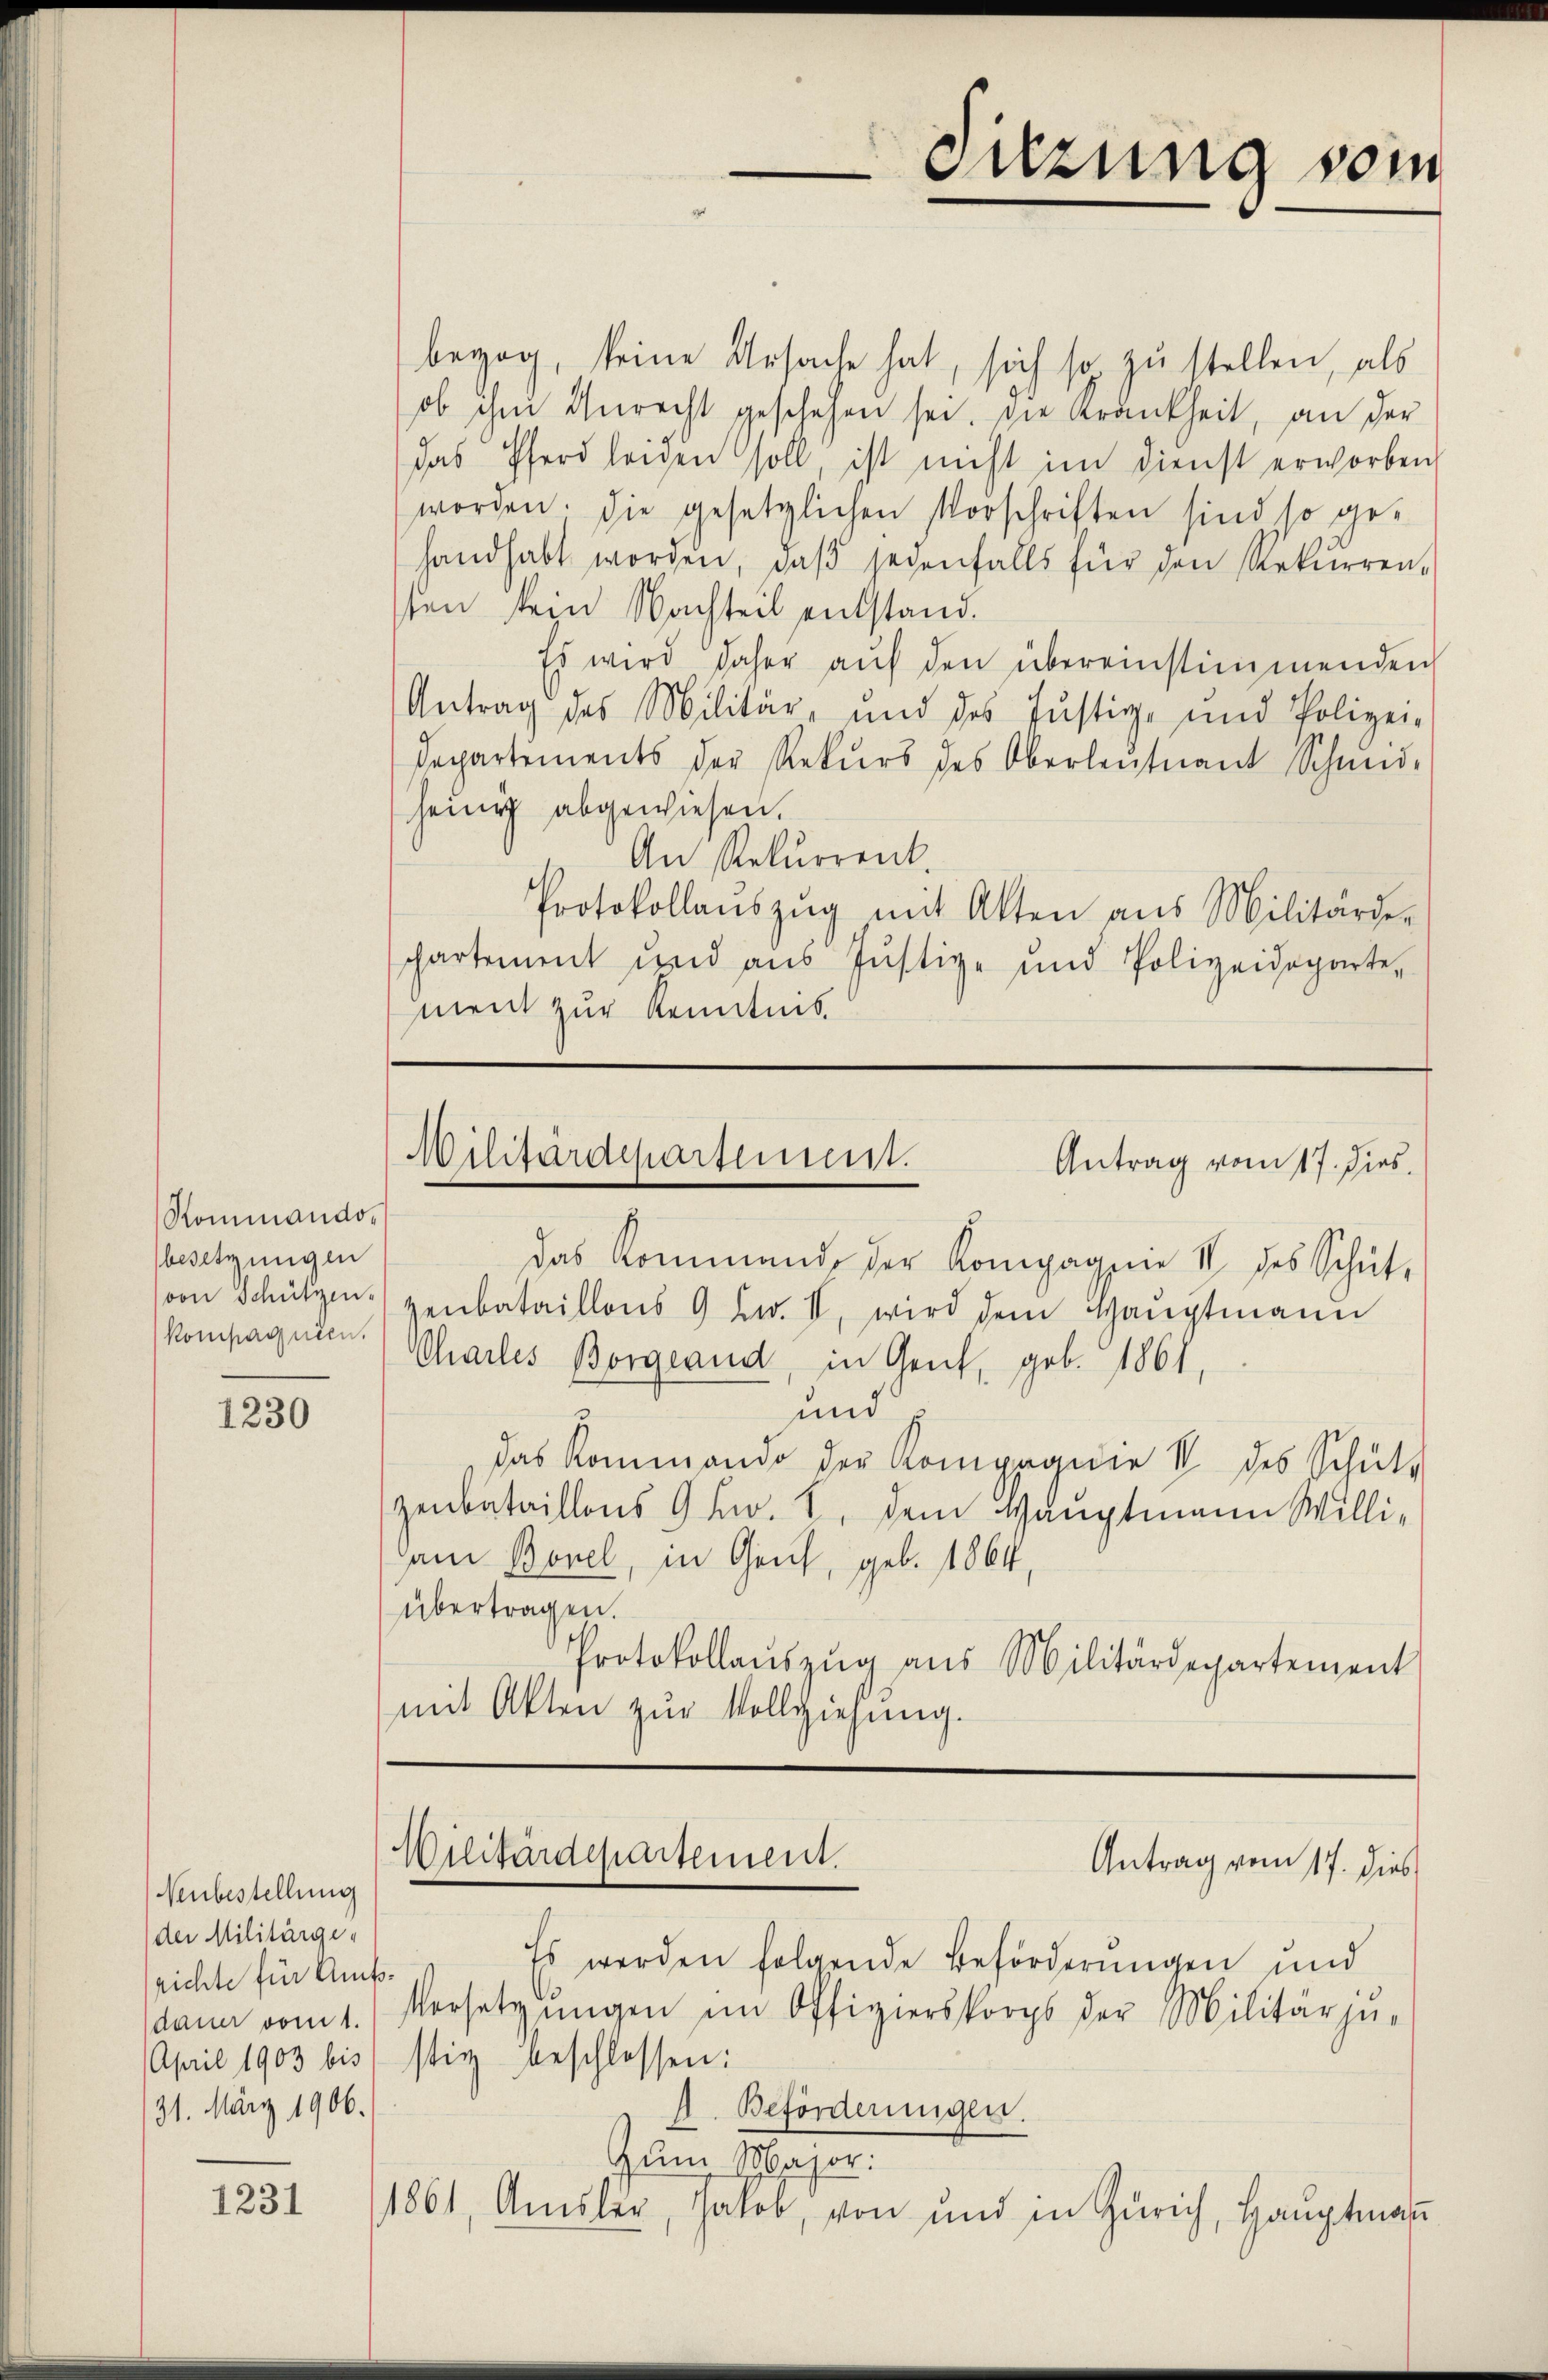
Rommandobesetzungen
kompagnien.

1230

Neubestellung
der Militärge-
richte für Amts
dann vom 1.
April 1903 bis
31. März 1906.

1231

bezog, keine Ursache hat, sich so zu stellen, als
ob ihm Unrecht geschehen sei. Die Krankheit, an der
das Pferd leiden soll, ist nicht im Dienst erworben
worden. Die gesetzlichen Vorschriften sind so gehandhabt worden, daβ jedenfalls für den Rekurren-
sen sein Nachteil entstand.
Es wird daher aŭf den übereinstimmenden
Antrag des Militär- und des Justiz- und Polizei-
Departements der Rekŭrs des Oberleutnant Schmid-
heinig abgewiesen.
An Rekurrent.
Protokollaŭszŭg mit Alten ans Militärde-
phartement und aus Justiz- und Polizeideparte,
ment zur Kenntnis

das Kommend der Kompagnie IV des Schüt-
von Schützen zerbataillons 9 Lw. II, wird dem Haŭptmann
Chailes Borgeand, in Gent, geb. 1861,
und
das Kommando der Kompagnie IV des Schütz
zenbataillons 9 Fr. 8. dem Hauptmann Willi-
am Borel, in Genf, geb. 1864,
übertragen.
Protokollaŭszŭg aŭs Militärdepartement
mit Akten zŭr Vollziehung.

Militärdepartement.
Antrag vom 17. Dies

Wilitärdepartement.
Antrag vom 17. dies

Es werden folgende Beförderungen und
.
Versetzŭngen im Offizierskorps der Militärjŭ-
stig beschlossen:
Beförderungen.
Zum Major:
1861, Amsler, Jakob, von und in Zürich, Haŭptmaṅ

Sitzung sein